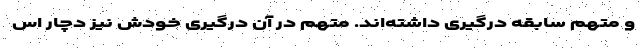
و متهم سابقه درگیری داشته‌اند. متهم در آن درگیری خودش نیز دچار اس